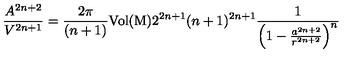
\frac { A ^ { 2 n + 2 } } { V ^ { 2 n + 1 } } = \frac { 2 \pi } { ( n + 1 ) } { \mathrm { V o l { ( M ) } } } 2 ^ { 2 n + 1 } ( n + 1 ) ^ { 2 n + 1 } \frac { 1 } { \left( 1 - \frac { a ^ { 2 n + 2 } } { r ^ { 2 n + 2 } } \right) ^ { n } }